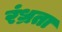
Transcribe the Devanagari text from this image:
रंध्रता